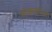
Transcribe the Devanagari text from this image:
लोकसभेतर